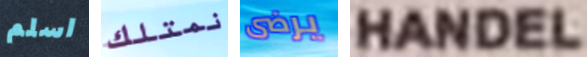
اسلم نمتلك يرضى HANDEL